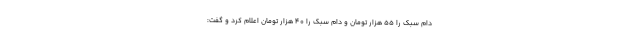
دام سبک را ۵۵ هزار تومان و دام سبک را ۴۰ هزار تومان اعلام کرد و گفت: